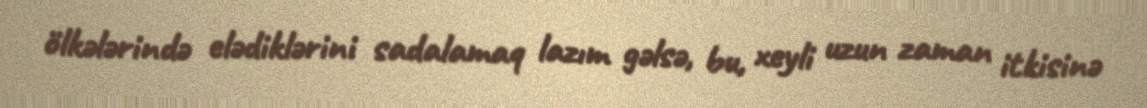
ölkələrində elədiklərini sadalamaq lazım gəlsə, bu, xeyli uzun zaman itkisinə